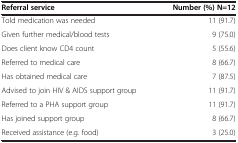
| Referral service | Number (%) N=12 |
 | --- | --- |
 | Told medication was needed | 11 (91.7) |
 | Given further medical/blood tests | 9 (75.0) |
 | Does client know CD4 count | 5 (55.6) |
 | Referred to medical care | 8 (66.7) |
 | Has obtained medical care | 7 (87.5) |
 | Advised to join HIV & AIDS support group | 11 (91.7) |
 | Referred to a PHA support group | 11 (91.7) |
 | Has joined support group | 8 (66.7) |
 | Received assistance (e.g. food) | 3 (25.0) |